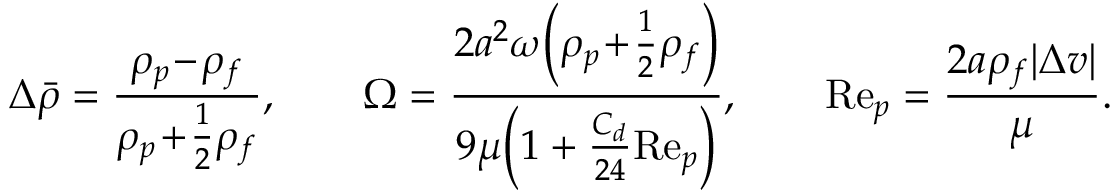
\Delta \bar { \rho } = \frac { \rho _ { p } \! - \! \rho _ { f } } { \rho _ { p } \! + \! \frac { 1 } { 2 } \rho _ { f } } , \qquad \Omega = \frac { 2 a ^ { 2 } \omega \Bigl ( \rho _ { p } \! + \! \frac { 1 } { 2 } \rho _ { f } \Bigr ) } { 9 \mu \Bigl ( 1 + \frac { C _ { d } } { 2 4 } \mathrm { R e } _ { p } \Bigr ) } , \qquad \mathrm { R e } _ { p } = \frac { 2 a \rho _ { f } | \Delta v | } { \mu } .